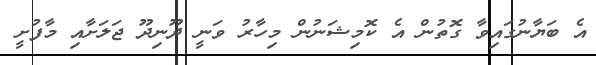
އެ ބަޔާނުގައިވާ ގޮތުން އެ ކޮމިޝަނުން މިހާރު ވަނީ ދޫނިދޫ ޖަލަށާއި މާފުށީ